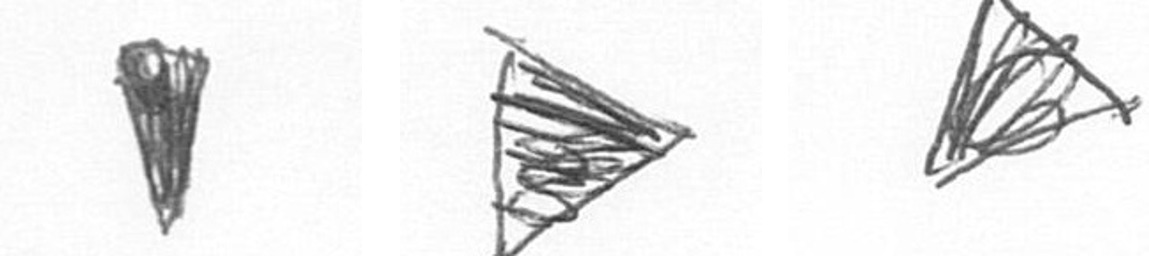
J T O